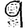
Digit: 9